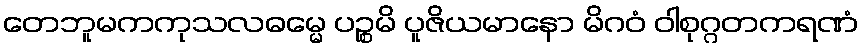
တေဘူမကကုသလဓမ္မေ ပဉ္စမိ ပူဇိယမာနော မိဂဝံ ဝါစုဂ္ဂတကရဏံ